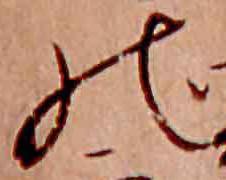
の